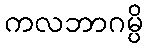
ကလဘာဂမ္ပိ